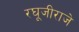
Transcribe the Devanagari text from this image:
रघूजीराजे